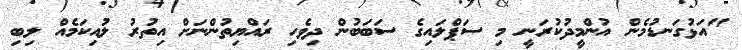
"އަޅުގަނޑުމެން އުންމީދުކުރަނީ މި ސަޕްލައިގެ ސަބަބުން ދިވެހި ރައްޔިތުންނަށް އިތުރު ލުއިކަމެއް ލިބި